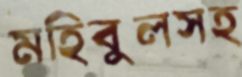
মহিবুলসহ